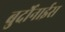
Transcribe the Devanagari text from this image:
बुर्दोनाईस